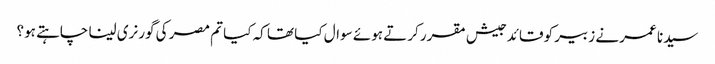
سیدنا عمر نے زبیر کو قائد جیش مقرر کرتے ہوئے سوال کیا تھا کہ کیا تم مصر کی گورنری لینا چاہتے ہو؟